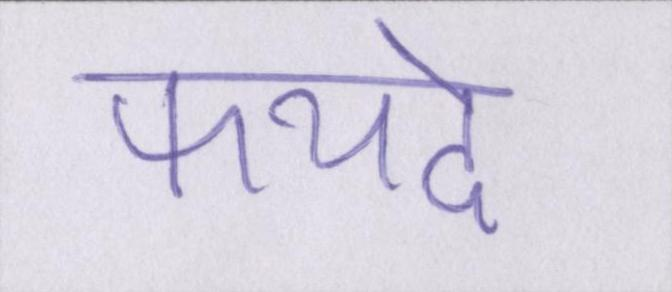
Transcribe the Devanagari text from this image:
फयदे